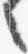
々